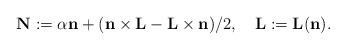
LaTeX: \begin{align*}{\bf N}:=\alpha{\bf n}+({\bf n}\times{\bf L}-{\bf L}\times{\bf n})/2,\quad{\bf L}:={\bf L}({\bf n}).\end{align*}